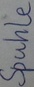
Text: Spule